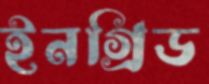
ইনগ্রিড